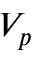
V _ { p }